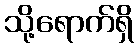
သို့ရောက်ရှိ